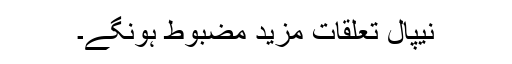
نیپال تعلقات مزید مضبوط ہونگے۔